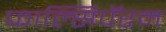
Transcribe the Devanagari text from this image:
फाल्सिपॅरम